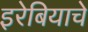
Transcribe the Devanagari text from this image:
इरेबियाचे